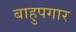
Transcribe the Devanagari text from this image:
बाहुपगार